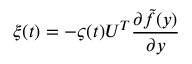
\xi ( t ) = - \varsigma ( t ) U ^ { T } \frac { \partial \tilde { f } ( y ) } { \partial y }